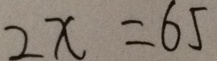
2 x = 6 5